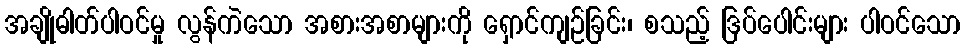
အချိုဓါတ်ပါဝင်မှု လွန်ကဲသော အစားအစာများကို ရှောင်ကျဉ်ခြင်း၊ စသည့် ဒြပ်ပေါင်းများ ပါဝင်သော